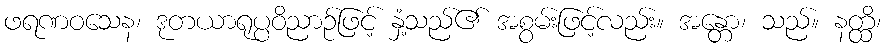
ဖရဏဝသေန၊ ဒုတယာရုပ္ပဝိညာဉ်ဖြင့် နှံ့သည်၏ အစွမ်းဖြင့်လည်း။ အန္တော၊ သည်။ နတ္ထိ၊